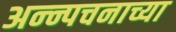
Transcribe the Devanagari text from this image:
अन्न्पचनाच्या